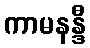
ကာမနန္ဒီ